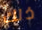
ذلك